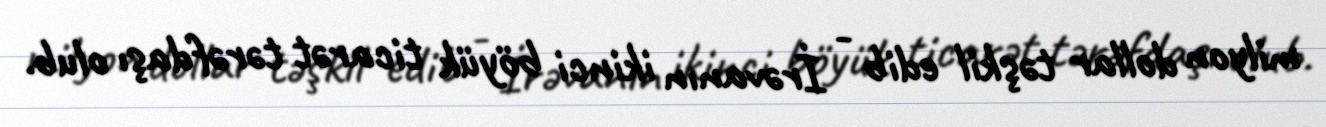
milyon dollar təşkil edib - İrəvanın ikinci böyük ticarət tərəfdaşı olub.